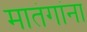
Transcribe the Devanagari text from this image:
मातंगांना